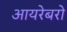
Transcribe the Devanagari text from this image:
आयरेबरो